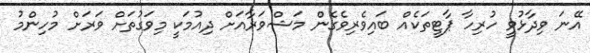
އޭނަ ވިދާޅުވީ ހުރިހާ ޕާޓީތަކެއް ބައިވެރިވެގެން މަޝްވަރާއަށް ދިއުމަކީ މިވަގުތަށް ވަރަށް މުހިންމު